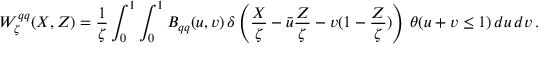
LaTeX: W _ { \zeta } ^ { q q } ( X , Z ) = \frac 1 { \zeta } \int _ { 0 } ^ { 1 } \int _ { 0 } ^ { 1 } B _ { q q } ( u , v ) \, \delta \left( \frac { X } { \zeta } - \bar { u } \frac { Z } { \zeta } - v ( 1 - \frac { Z } { \zeta } ) \right) \, \theta ( u + v \leq 1 ) \, d u \, d v \, .